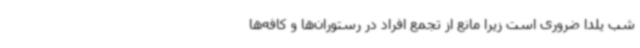
شب یلدا ضروری است زیرا مانع از تجمع افراد در رستوران‌ها و کافه‌ها